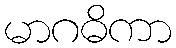
မာဂဓိကာ